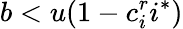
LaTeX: b<u(1-c_{i}^{r}i^{*})